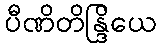
ပီဏိတိန္ဒြိယေ